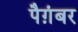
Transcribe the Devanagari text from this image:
पैग़ंबर